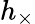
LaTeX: h_{\times}